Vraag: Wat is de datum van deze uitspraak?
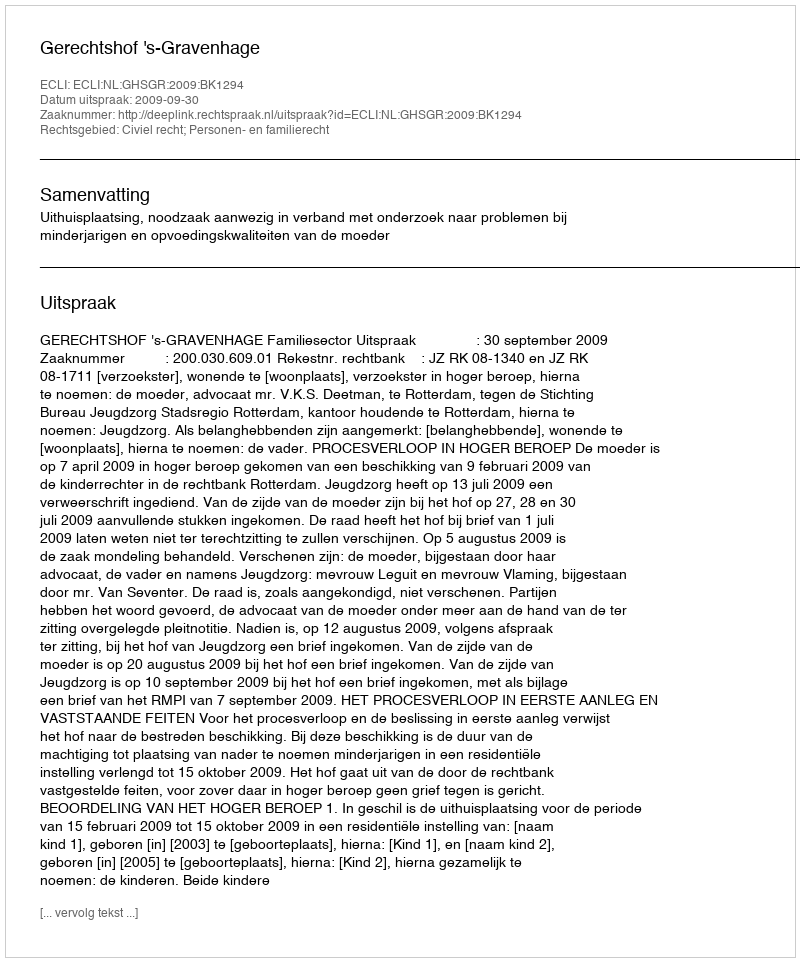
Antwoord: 2009-09-30